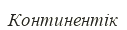
Континентік